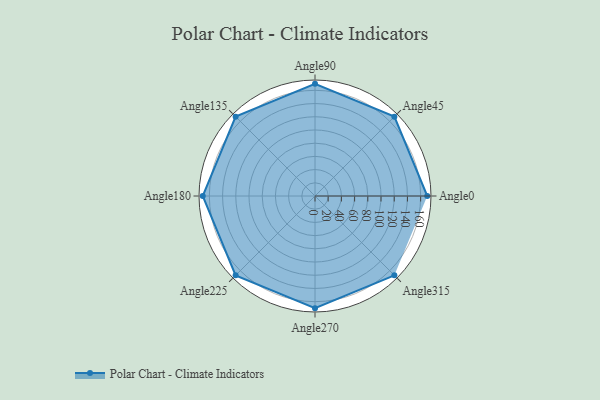
{"axis": {"x": "Angle", "y": "Radius"}, "legend": [""], "data": [{"x": "Angle0", "y": 170, "type": ""}, {"x": "Angle45", "y": 170, "type": ""}, {"x": "Angle90", "y": 170, "type": ""}, {"x": "Angle135", "y": 170, "type": ""}, {"x": "Angle180", "y": 170, "type": ""}, {"x": "Angle225", "y": 170, "type": ""}, {"x": "Angle270", "y": 170, "type": ""}, {"x": "Angle315", "y": 170, "type": ""}]}